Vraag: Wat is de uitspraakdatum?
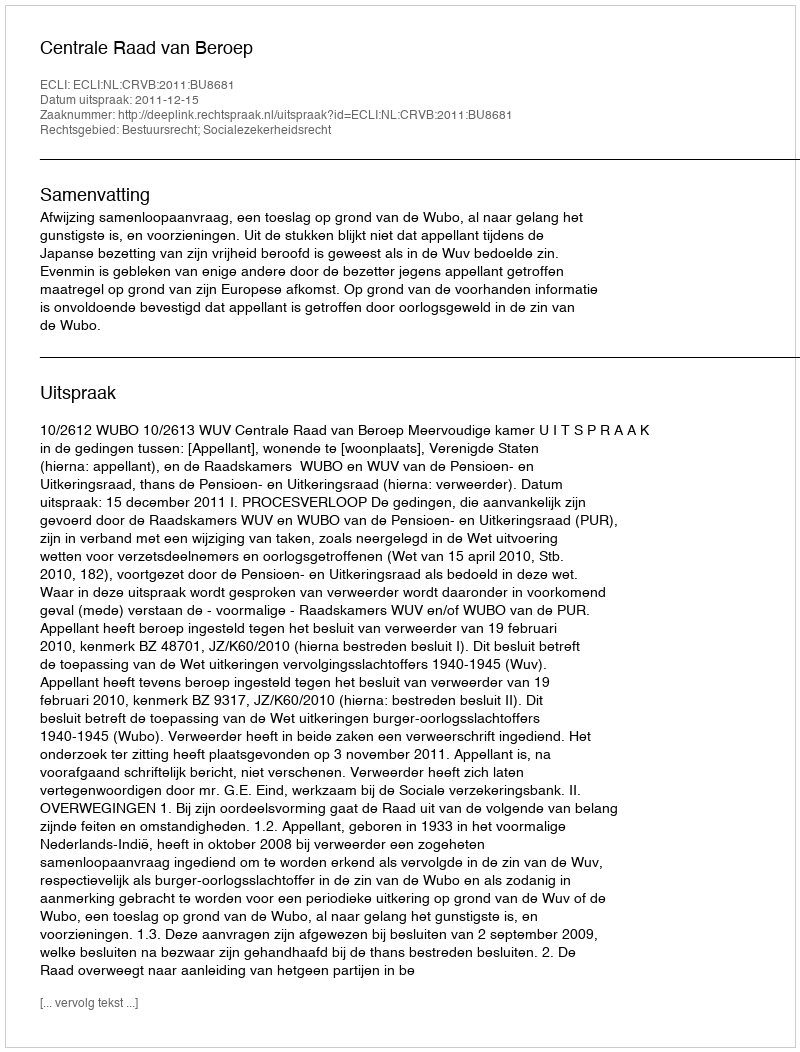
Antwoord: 2011-12-15